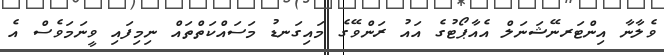
ވެލާނާ އިންޓަރނޭޝަނަލް އެއާޕޯޓުގެ އައު ރަންވޭގެ މައިގަނޑު މަސައްކަތްތައް ނިމިފައި ވީނަމަވެސް އެ